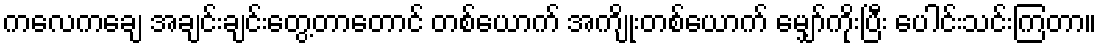
ကလေကချေ အချင်းချင်းတွေ့တာတောင် တစ်ယောက် အကျိုးတစ်ယောက် မျှော်ကိုးပြီး ပေါင်းသင်းကြတာ။